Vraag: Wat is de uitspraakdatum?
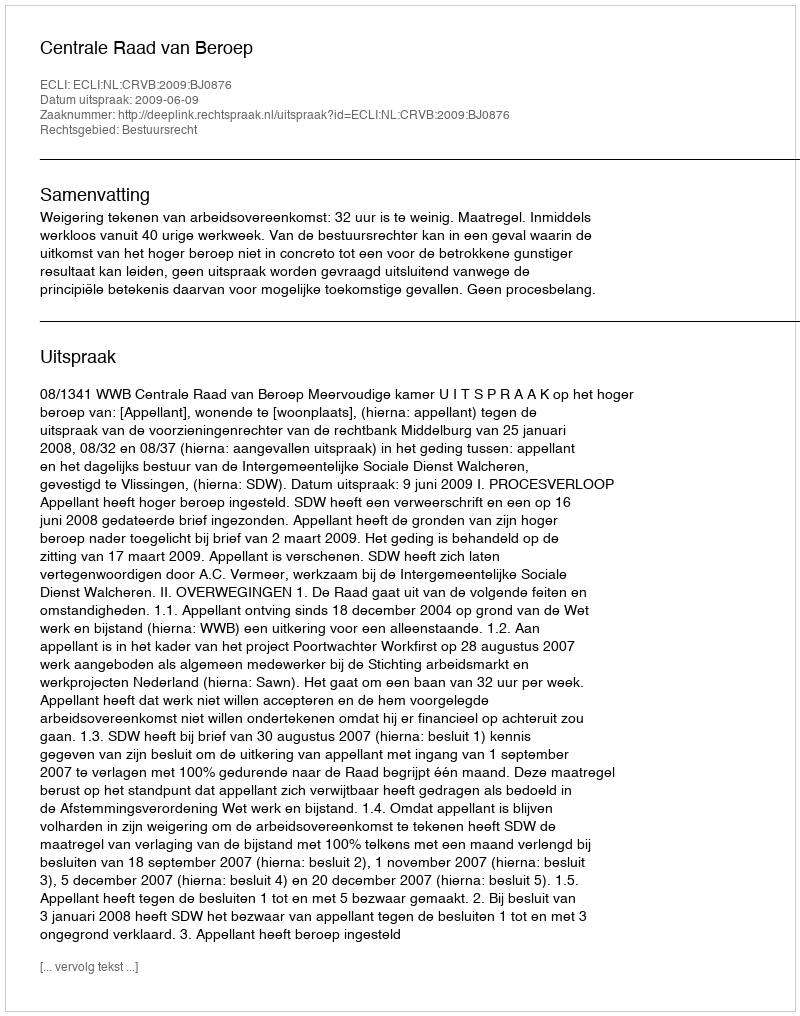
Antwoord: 2009-06-09